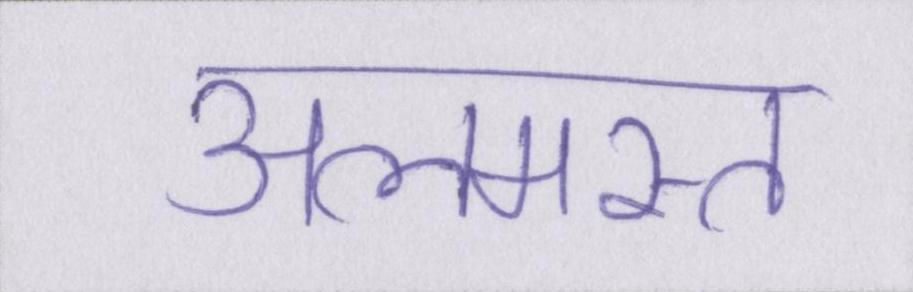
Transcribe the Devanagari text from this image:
अलमस्त